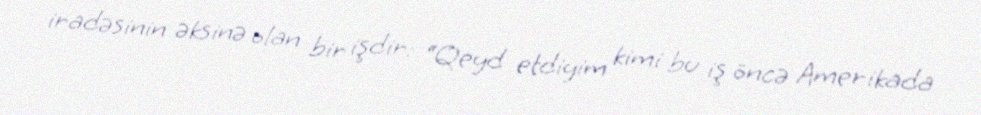
iradəsinin əksinə olan bir işdir: “Qeyd etdiyim kimi bu iş öncə Amerikada